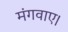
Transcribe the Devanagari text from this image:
मंगवाए।